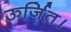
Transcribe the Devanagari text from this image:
ऊर्जित।